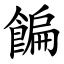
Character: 䭏